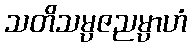
သတိသမ္ပဇညမ္ပာဟံ